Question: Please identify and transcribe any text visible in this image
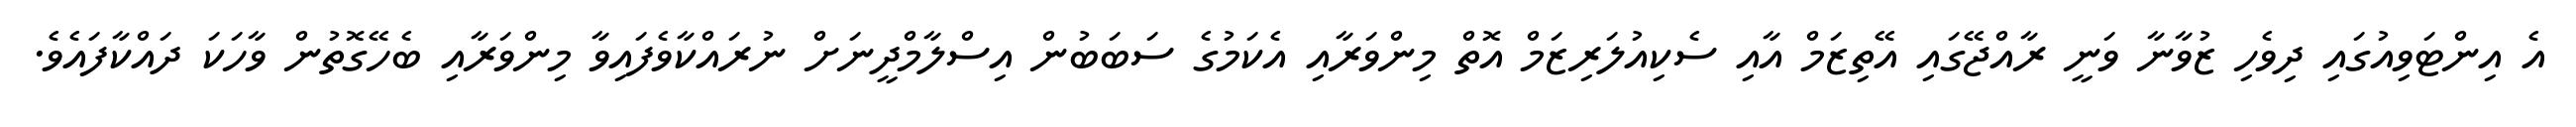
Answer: އެ އިންޓަވިއުގައި ދިވެހި ޒުވާނާ ވަނީ ރާއްޖޭގައި އޭތިޒަމް އާއި ސެކިއުލަރިޒަމް އޮތް މިންވަރާއި އެކަމުގެ ސަބަބުން އިސްލާމްދީނަށް ނުރައްކާވެފައިވާ މިންވަރާއި ބެހޭގޮތުން ވާހަކަ ދައްކާފައެވެ.